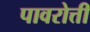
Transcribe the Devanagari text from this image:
पावरोत्ती